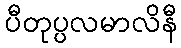
ပီတုပ္ပလမာလိနီ